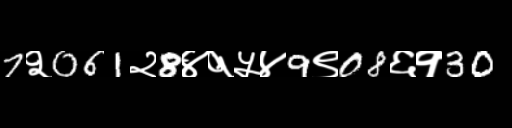
Text: 7२061२8४१५४9९08६१30